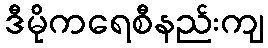
ဒီမိုကရေစီနည်းကျ